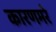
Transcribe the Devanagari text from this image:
कारणमरे